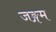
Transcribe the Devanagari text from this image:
जङ्गम